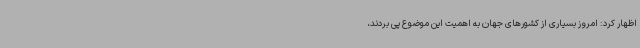
اظهار کرد: امروز بسیاری از کشورهای جهان به اهمیت این موضوع پی بردند،